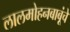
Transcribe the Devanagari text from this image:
लालमोहनबाबूंचे